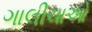
ગાલીચાઓ